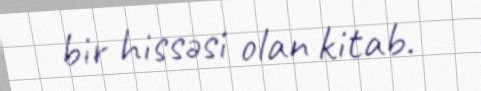
bir hissəsi olan kitab.